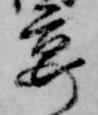
宴